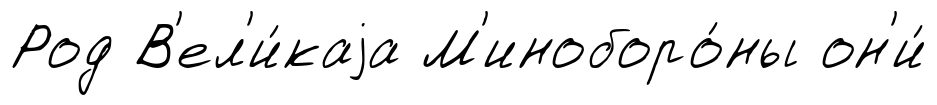
Род В'ел'и́каjа М'иноборо́ны он'и́